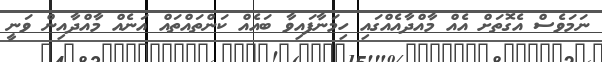
ނަމަވެސް އެގޮތަށް އެއް މާއްދާއެއްގައި ހިމަނާފައިވާ ބައެއް ކަންތައްތައް އަނެއް މާއްދާއިން ވަނީ